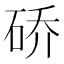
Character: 硚